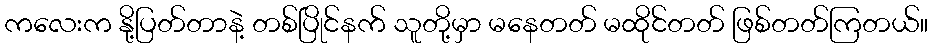
ကလေးက နို့ပြတ်တာနဲ့ တစ်ပြိုင်နက် သူတို့မှာ မနေတတ် မထိုင်တတ် ဖြစ်တတ်ကြတယ်။